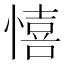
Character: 憘